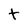
Character: t